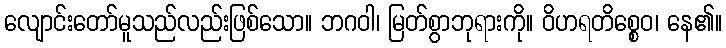
လျောင်းတော်မူသည်လည်းဖြစ်သော။ ဘဂဝါ၊ မြတ်စွာဘုရားကို။ ဝိဟရတိစ္စေဝ၊ နေ၏။